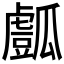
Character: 𤬘